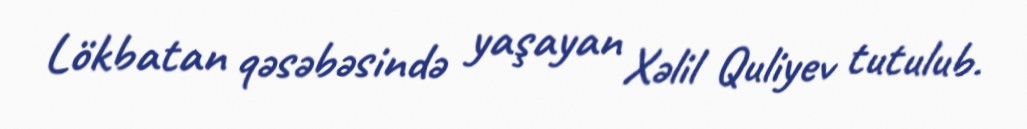
Lökbatan qəsəbəsində yaşayan Xəlil Quliyev tutulub.